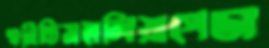
শুনিচ্চিমহালিয়াপেডা